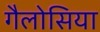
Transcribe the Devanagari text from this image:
गैलोसिया